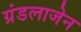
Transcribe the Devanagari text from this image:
ग्रंडलाजेन